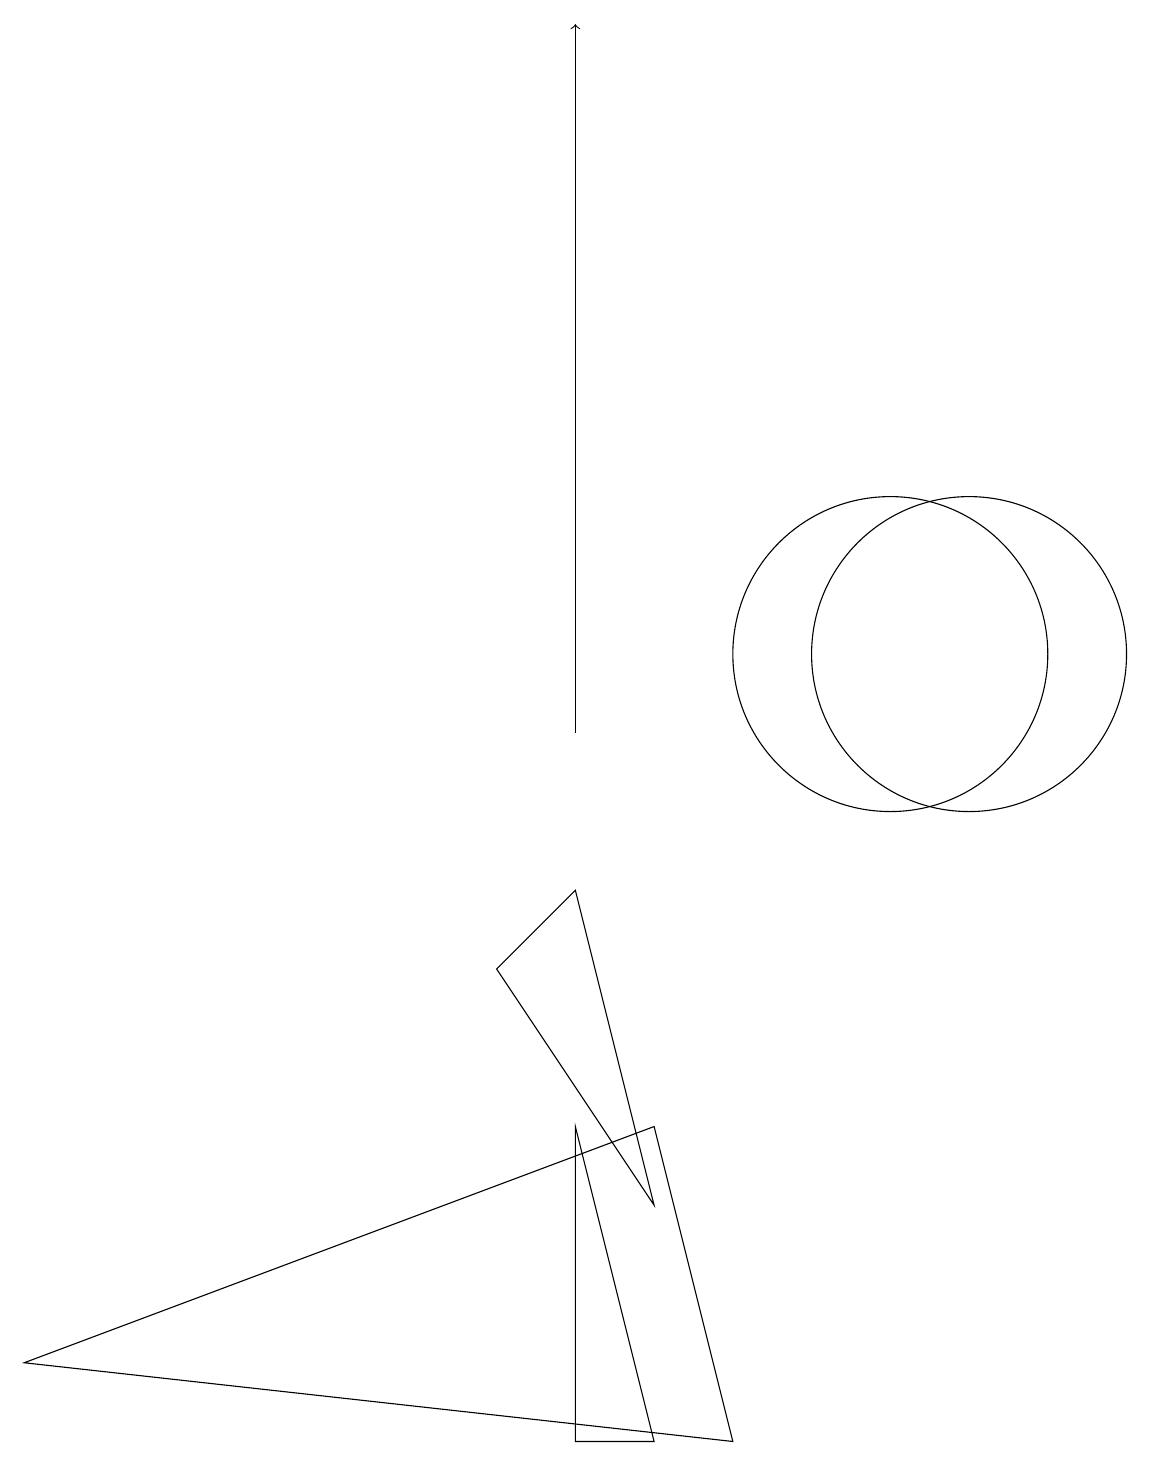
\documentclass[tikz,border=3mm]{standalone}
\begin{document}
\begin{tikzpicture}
\draw (8,4) -- (6,7) -- (7,8) -- cycle;
\draw (8,5) -- (0,2) -- (9,1) -- cycle;
\draw (12,11) circle (2);
\draw (8,1) -- (7,5) -- (7,1) -- cycle;
\draw (11,11) circle (2);
\draw[->] (7,10) -- (7,19);
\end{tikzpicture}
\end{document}